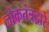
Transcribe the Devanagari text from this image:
लोकतंत्रद्वारे